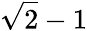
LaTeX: \sqrt{2}-1